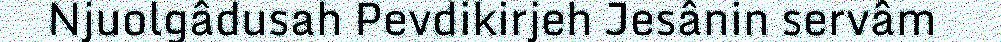
Njuolgâdusah Pevdikirjeh Jesânin servâm